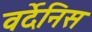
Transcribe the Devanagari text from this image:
वर्देनिस